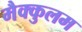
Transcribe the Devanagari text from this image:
मैक्कुलम